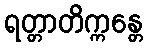
ရတ္တာတိက္ကန္တေ